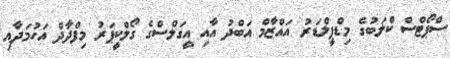
ސްޕޯޓްސް ކްލަބުގެ މިޑްފީލްޑަރު އައްޒާމް އަބްދު އާއި އީގަލްސްގެ ގޯލްކީޕަރު މިފްދާދް އަހުމަދާއި